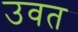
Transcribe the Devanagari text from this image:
उवत